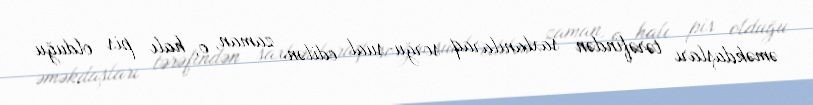
əməkdaşları tərəfindən saxlanılaraq sorğu-sual edilən zaman, o, halı pis olduğu